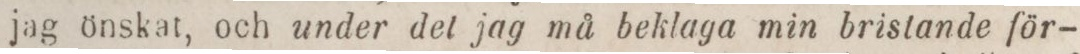
jag önskat, och under del jag må beklaga min bristande för-